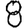
Digit: 8